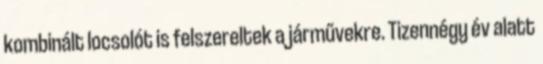
kombinált locsolót is felszereltek a járművekre. Tizennégy év alatt